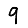
Digit: 9